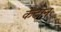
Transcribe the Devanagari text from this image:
केटोन